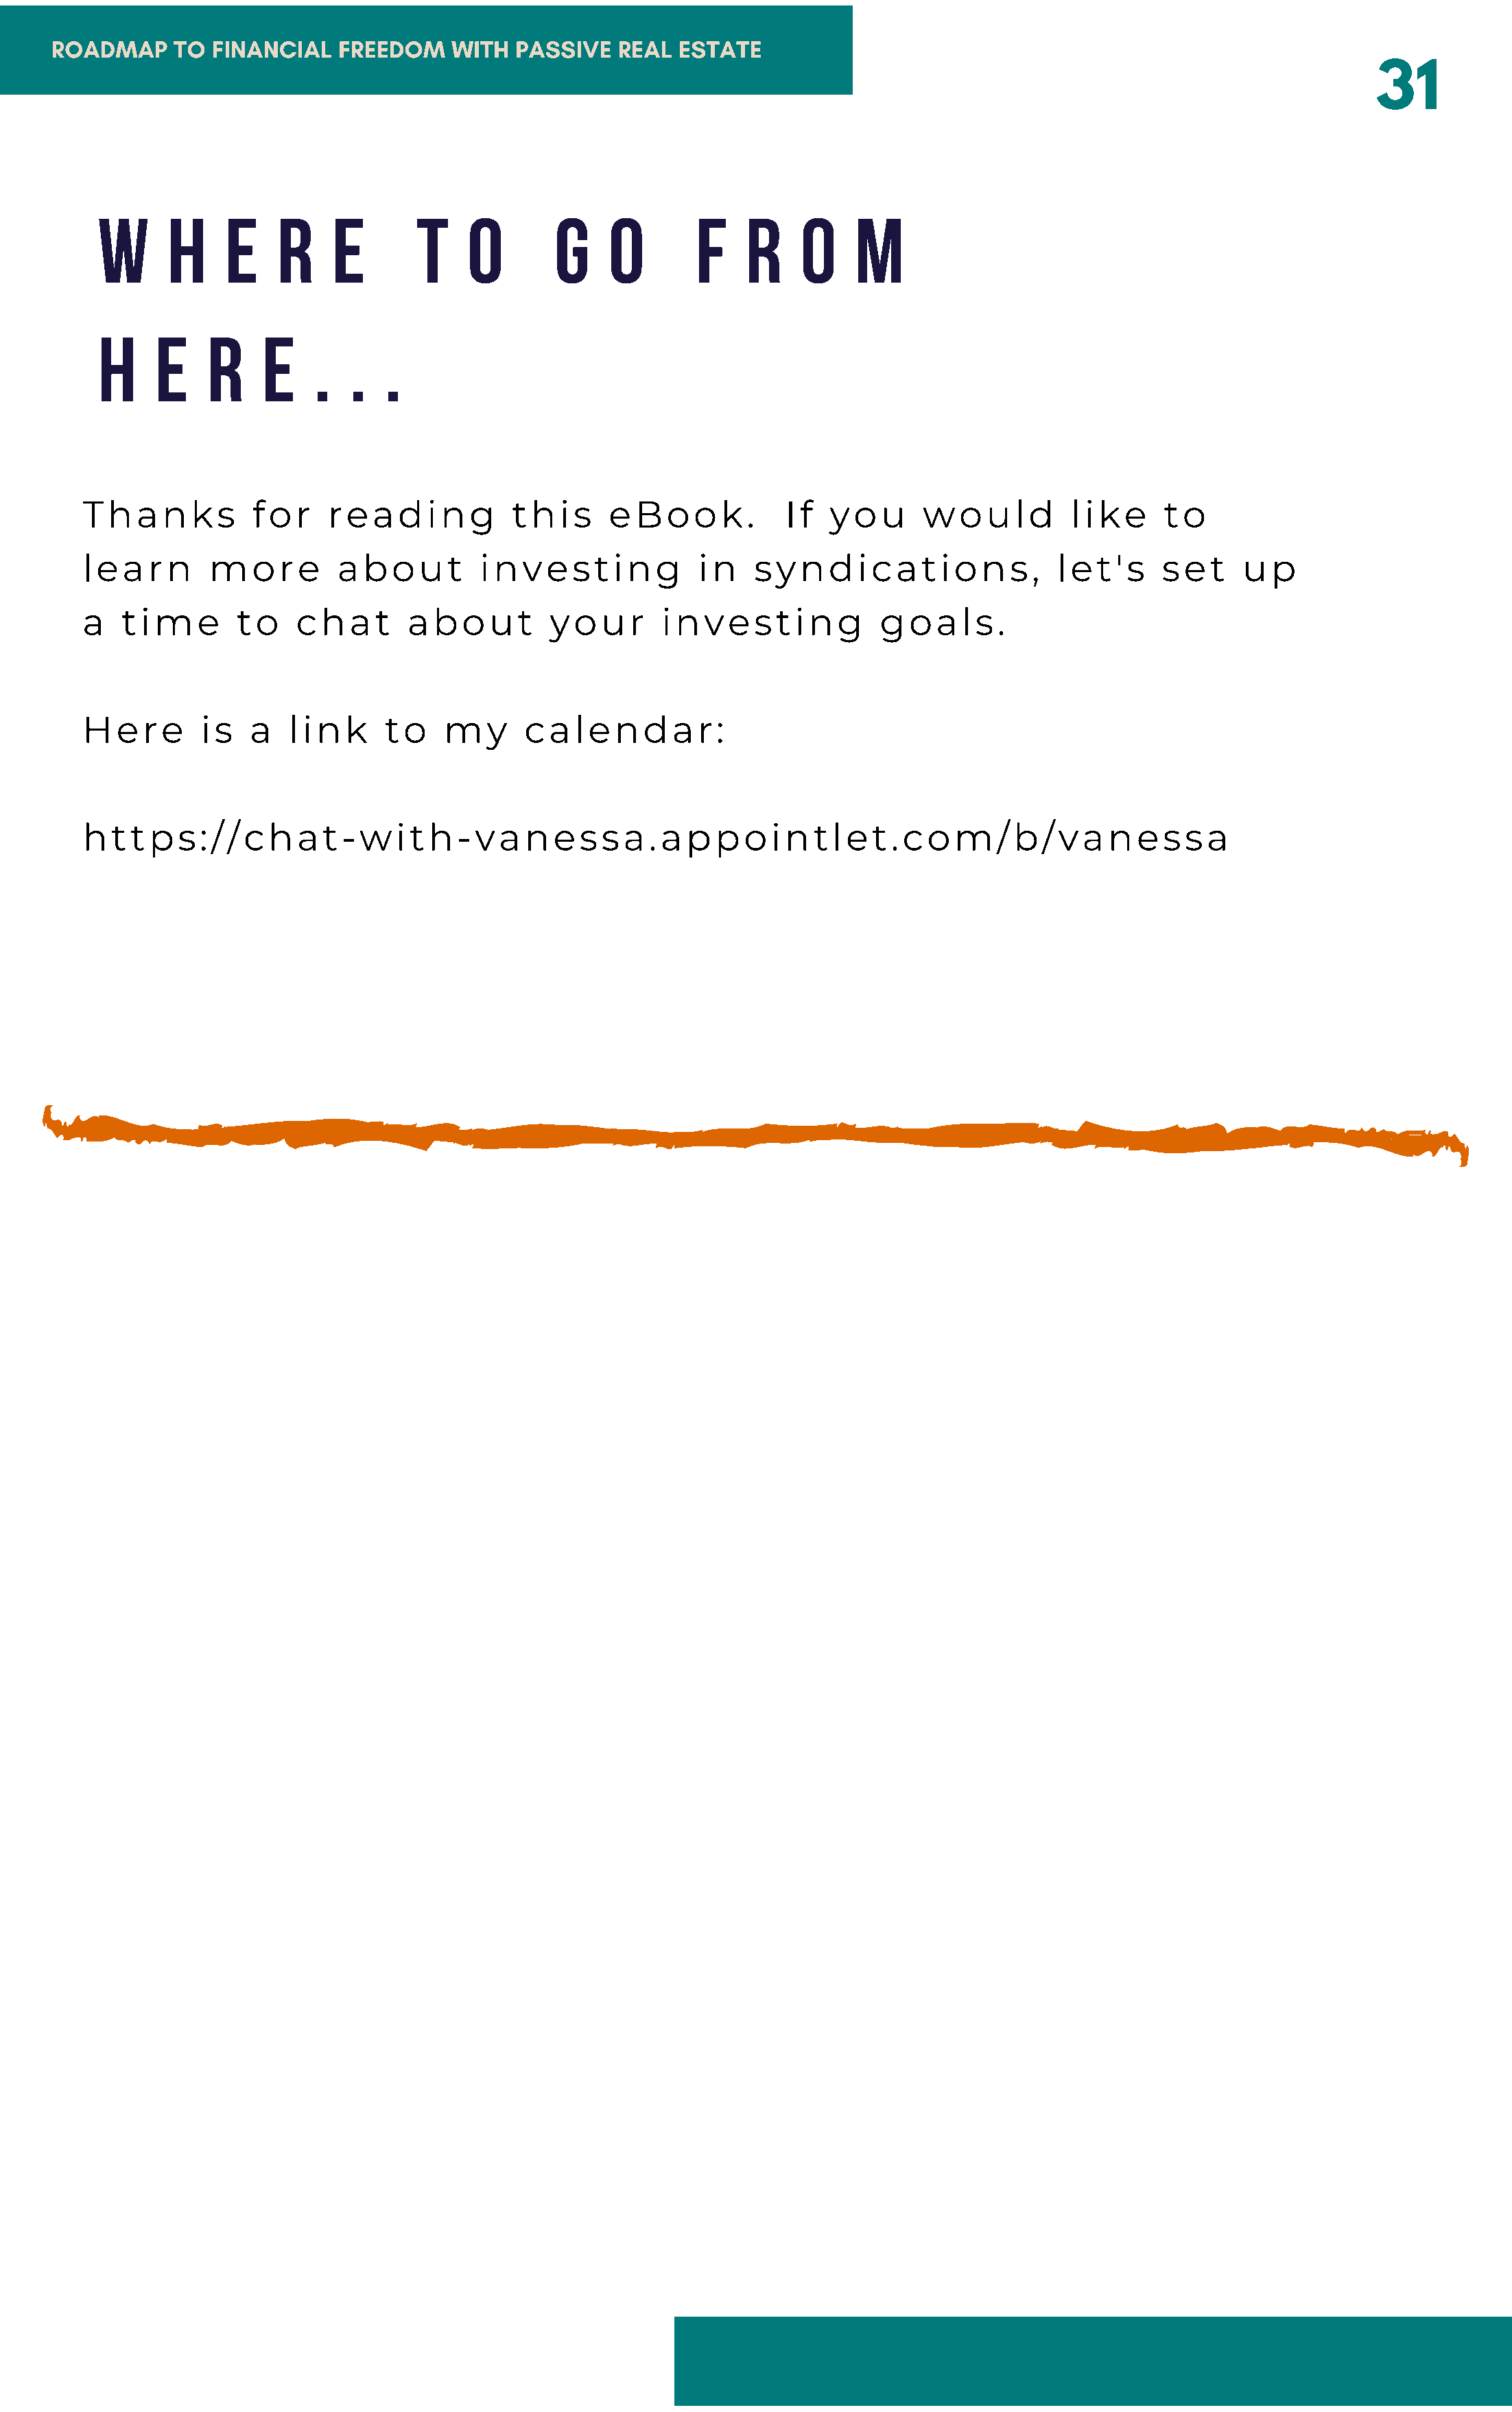
ROADMAP     TO FINANCIAL    FREEDOM    WITH  PASSIVE   REAL ESTATE
 31
 W      H     E    R    E       T    O       G     O       F    R    O    M
 H     E    R    E    .   .  .
 Thanks          for     reading          this      eBook.           If  you      would         like     to
 learn       more         about        investing            in    syndications,                let's     set     up
 a   time       to    chat      about         your       investing            goals.
 Here       is   a   link     to    my      calendar:
 https://chat-with-vanessa.appointlet.com/b/vanessa